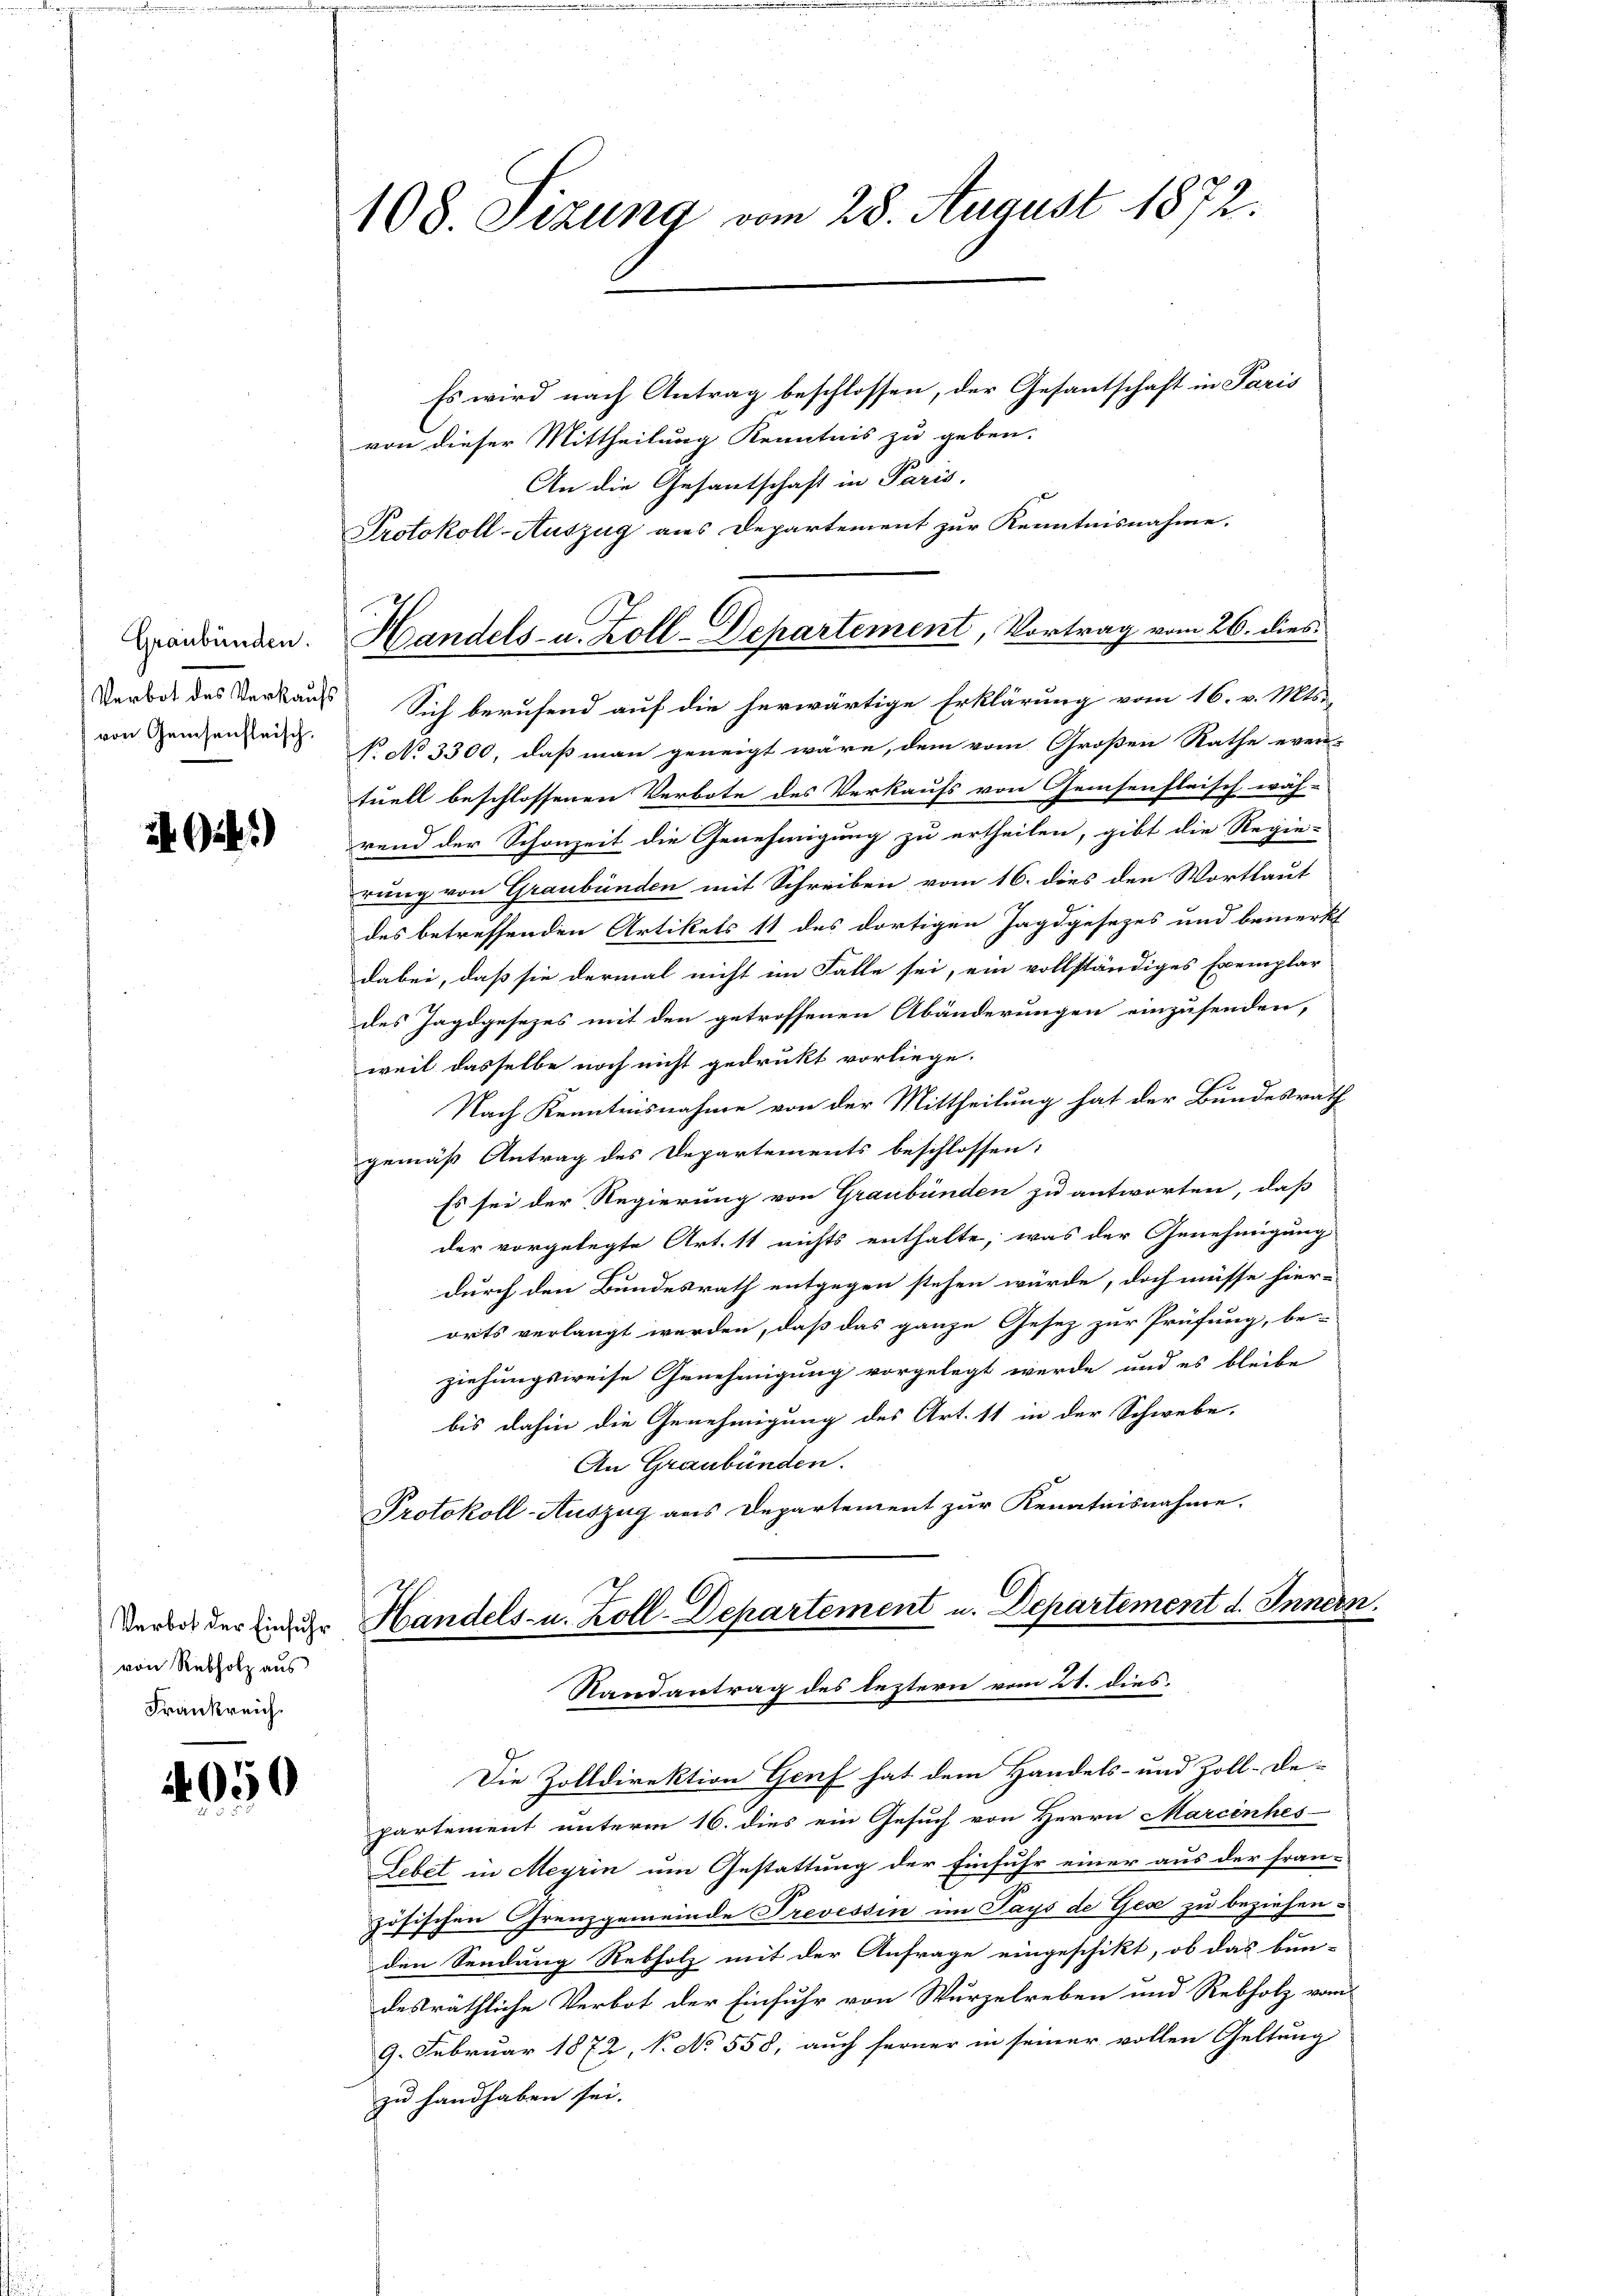
Graubünden.
von Geisenfleisch.

G.)

Verbot der Einfuhr
von Rebholz aus
Frankreich.

4050

108. Sizung vom 28. August 1872.

Es wird nach Antrag beschlossen, der Gesantschaft in Paris
von dieser Mittheilung Kenntnis zu geben.
An die Gesantschaft in Paris.
Protokoll-Auszug aus Departement zur Kenntnisnahme.
Verbot des Verkaus. Sich berufend auf die herwärtige Erklärung vom 16. v. Mts.
P. No 3300, daß man geneigt wäre, dem vom Großen Rathe even-
tuell beschlossenen Verbote des Verkaufs von Geisenftrisch wäh-
rend der Schonzeit die Genehmigung zu ertheilen, gibt die Regie-
rung von Graubünden mit Schreiben vom 16. dies den Wortlaut
des betreffenden Artikels 11 des dortigen Jagdgesezes und bemerkt
dabei, daß sie dermal nicht im Falle sei, ein vollständiges Exemplar
des Jagdgesezes mit den getroffenen Abänderungen einzusenden,
weil dasselbe noch nicht gedrukt vorliege.
Nach Kenntnisnahme von der Mittheilung hat der Bundesrath
gemäß Antrag des Departements beschlossen:
Es sei der Regierung von Graubünden zu antworten, daß
der vorgelegte Art. 11 nichts enthalte, was der Genehmigung
durch den Bundesrath entgegen stehen würde, doch müsse hier-
orts verlangt werden, daß das ganze Gesez zur Prüfung, be
ziehungsweise Genehmigung vorgelegt werde und es bleibe
bis dahin die Genehmigung des Art. 11 in der Schwebe,
An Graubünden.
Protokoll-Auszug aus Departement zur Kenntnisnahme.
Handels- u. Zoll-Departement u. Departement d. Innern.

Handels- u. Zoll-Departement, Vortrag vom 26. dies

Randantrag des leztern vom 21. dies
Die Zolldirektion Genf hat dem Handels- und Zoll-De-

partement unterm 16. dies ein Gesuch von Herrn Marcinhes
Lebet in Meyrin um Gestattung der Einfuhr einer aus der fran-
zösischen Grenzgemeinde Trevessin im Pays de Gese zu beziehen.
den Sendung Rebholz mit der Anfrage eingeschikt, ob das bun-
desräthliche Verbot der Einfuhr von Wurzelreben und Rebholz vom
9. Februar 1872, N. No 558, auch ferner in seiner vollen Geltung
zu handhaben sei.